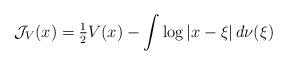
LaTeX: \begin{align*}\mathcal{J}_V(x) = \tfrac{1}{2}V(x)- \int \log | x-\xi| \, d\nu(\xi)\end{align*}